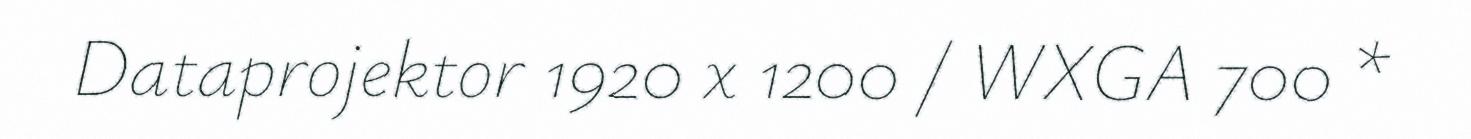
Dataprojektor 1920 x 1200 / WXGA 700 *